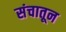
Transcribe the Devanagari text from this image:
संचातून